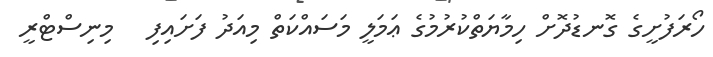
ހޯރަފުށީގެ ގޮނޑުދޮށް ހިމާޔަތްކުރުމުގެ ޢަމަލީ މަސައްކަތް މިއަދު ފަށައިފި   މިނިސްޓްރީ